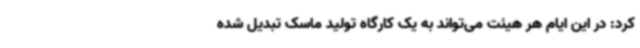
کرد: در این ایام هر هیئت می‌تواند به یک کارگاه تولید ماسک تبدیل شده